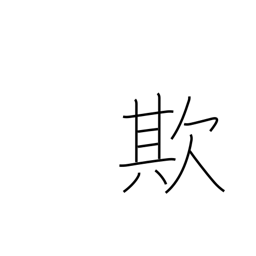
Meaning: delude